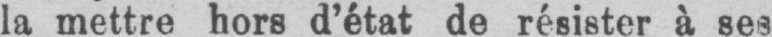
la mettre hors d’état de résister à ses